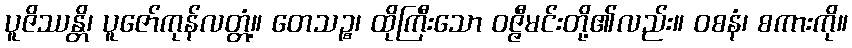
ပူဇိဿန္တိ၊ ပူဇော်ကုန်လတ္တံ့။ တေသဉ္စ၊ ထိုကြီးသော ဝဇ္ဇီမင်းတို့၏လည်း။ ဝစနံ၊ စကားကို။